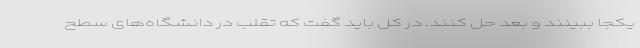
یکجا ببینند و بعد حل کنند. در کل باید گفت که تقلب در دانشگاه‌های سطح